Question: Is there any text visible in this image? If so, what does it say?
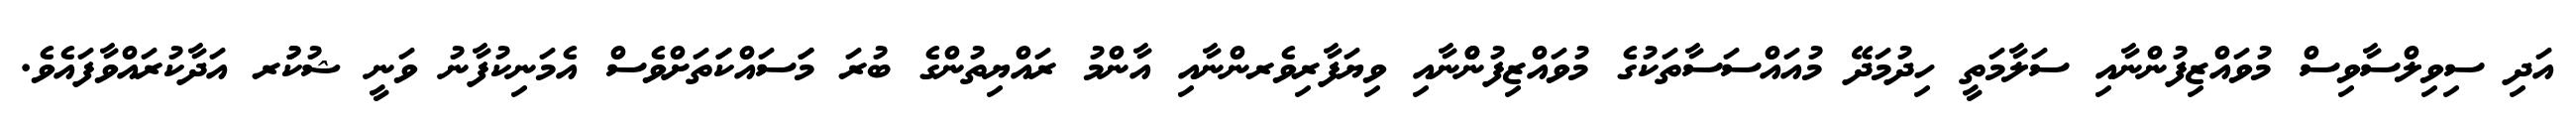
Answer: އަދި ސިވިލްސާވިސް މުވައްޒިފުންނާއި ސަލާމަތީ ހިދުމަދޭ މުއައްސަސާތަކުގެ މުވައްޒިފުންްނާއި ވިޔަފާރިވެރންނާއި އާންމު ރައްޔިތުންގެ ބުރަ މަަސައްކަަތަށްވެސް އެމަނިކުފާނު ވަނީ ޝުކުުރ އަދާކުރައްވާފައެވެ.